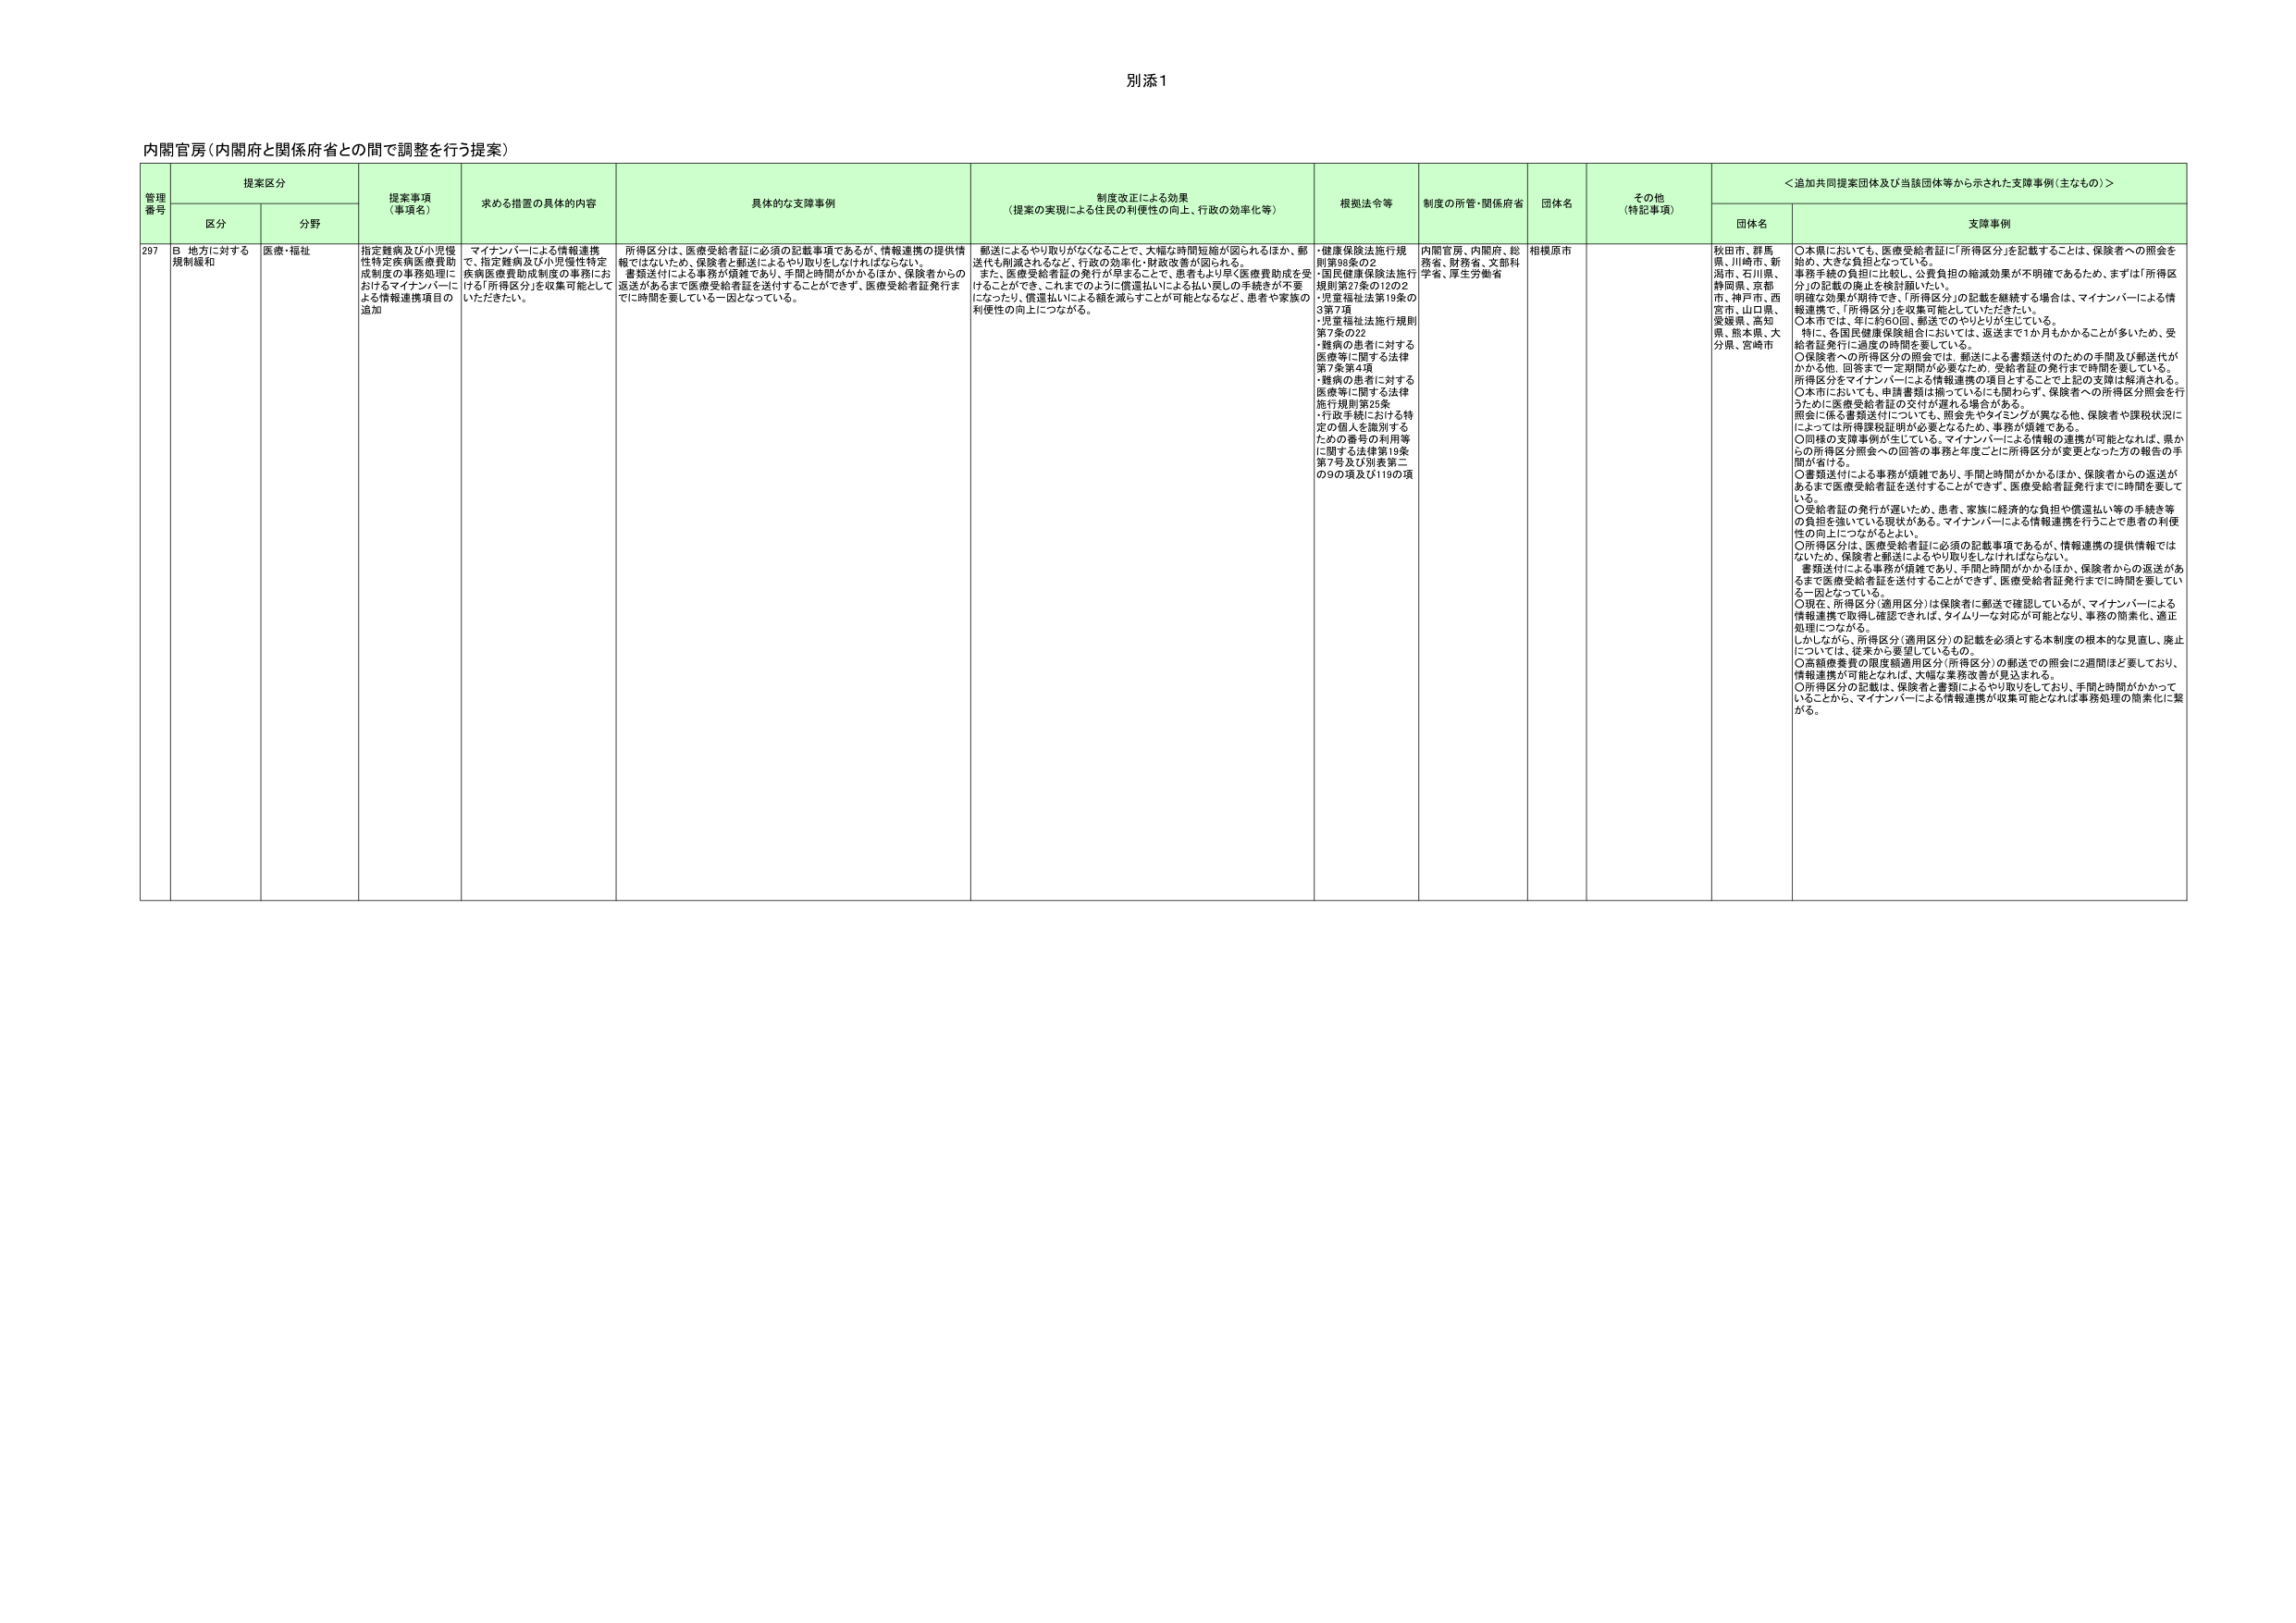
別添1

内閣官房（内閣府と関係府省との間で調整を行う提案）

管理番号 提案区分 提案事項（事項名） 求める措置の具体的内容 具体的な支援事例 制度改正による効果（提案の実現による住民の利便性の向上、行政の効率化等） 根拠法令等 制度の所管・関係府省 団体名 その他（特記事項） ＜追加共同提案団体及び当該団体等から示された支援事例（主なもの）＞
区分 分野 団体名 支援事例

297 B 地方に対する規制緩和 医療・福祉 指定難病及び小児慢性特定疾病医療費助成制度の事務処理におけるマイナンバーによる情報連携項目の追加 マイナンバーによる情報連携で、指定難病及び小児慢性特定疾病医療費助成制度の事務における「所得区分」を収集可能としていただきたい。 所得区分は、医療受給者証に必須の記載事項であるが、情報連携の提供情報ではないため、保険者と郵送によるやり取りをしなければならない。書類送付による事務が煩雑であり、手間と時間がかかるほか、保険者からの返送があるまで医療受給者証を送付することができず、医療受給者証発行までに時間を要している一因となっている。 郵送によるやり取りがなくなることで、大幅な時間短縮が図られるほか、郵送代も削減されるなど、行政の効率化・財政改善が図られる。また、医療受給者証の発行が早まることで、患者もより早く医療費助成を受けることができ、これまでのように償還払いによる払い戻しの手続きが不要になったり、償還払いによる額を減らすことが可能となるなど、患者や家族の利便性の向上につながる。 ・健康保険法施行規則第98条の2 ・国民健康保険法施行規則第27条の12の2 ・児童福祉法第19条の3第7項 ・児童福祉法施行規則第7条の22 ・難病の患者に対する医療等に関する法律第7条第4項 ・難病の患者に対する医療等に関する法律施行規則第25条 ・行政手続における特定の個人を識別するための番号の利用等に関する法律第19条第7号及び別表第二の9の項及び119の項 内閣官房、内閣府、総務省、財務省、文部科学省、厚生労働省 相模原市 秋田市、群馬県、川崎市、新潟市、石川県、静岡県、京都府、神戸市、西宮市、山口県、愛媛県、高知県、熊本県、大分県、宮崎市 ○本県においても、医療受給者証に「所得区分」を記載することは、保険者への照会を始め、大きな負担となっている。事務手続の負担に比較し、公費負担の縮減効果が不明確であるため、まずは「所得区分」の記載の廃止を検討願いたい。明確な効果が期待でき、「所得区分」の記載を継続する場合は、マイナンバーによる情報連携で、「所得区分」を収集可能としていただきたい。○本市では、年に約60回、郵送でのやりとりが生じている。特に、各国民健康保険組合においては、返送まで1か月もかかることが多いため、受給者証発行に過度の時間を要している。○保険者への所得区分の照会では、郵送による書類送付のための手間及び郵送代がかかる他、回答まで一定期間が必要なため、受給者証の発行まで時間を要している。所得区分をマイナンバーによる情報連携の項目とすることで上記の支障は解消される。○本市においても、申請書類は揃っているにも関わらず、保険者への所得区分照会を行うために医療受給者証の交付が遅れる場合がある。照会に係る書類送付についても、照会先やタイミングが異なる他、保険者や課税状況によっては所得課税証明が必要となるため、事務が煩雑である。○同様の支援事例が生じている。マイナンバーによる情報の連携が可能となれば、県からの所得区分照会への回答の事務と年度ごとに所得区分が変更となった方の報告の手間が省ける。○書類送付による事務が煩雑であり、手間と時間がかかるほか、保険者からの返送があるまで医療受給者証を送付することができず、医療受給者証発行までに時間を要している。○受給者証の発行が遅いため、患者・家族に経済的な負担や償還払い等の手続き等の負担を強いている現状がある。マイナンバーによる情報連携を行うことで患者の利便性の向上につながるといい。○所得区分は、医療受給者証に必須の記載事項であるが、情報連携の提供情報ではないため、保険者と郵送によるやり取りをしなければならない。書類送付による事務が煩雑であり、手間と時間がかかるほか、保険者からの返送があるまで医療受給者証を送付することができず、医療受給者証発行までに時間を要している一因となっている。○現在、所得区分（適用区分）は保険者に郵送で確認しているが、マイナンバーによる情報連携で取得し確認できれば、タイムリーな対応が可能となり、事務の簡素化、適正処理につながる。しかしながら、所得区分（適用区分）の記載を必須とする本制度の根本的な見直し、廃止については、従来から要望しているもの。○高額療養費の限度額適用区分（所得区分）の郵送での照会に2週間ほど要しており、情報連携が可能となれば、大幅な業務改善が見込まれる。○所得区分の記載は、保険者と書類によるやり取りをしており、手間と時間がかかっていることから、マイナンバーによる情報連携が収集可能となれば事務処理の簡素化に繋がる。